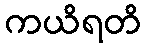
ကယိရတိ